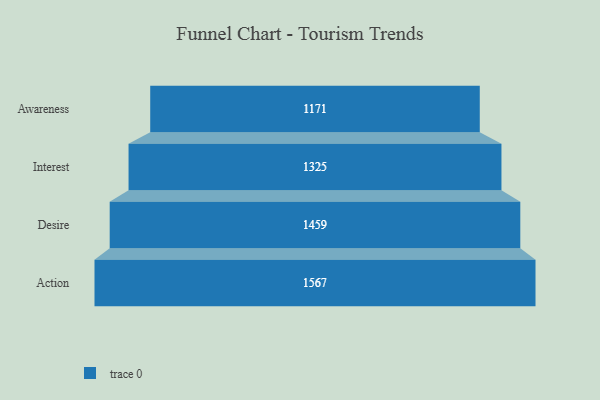
{"axis": {"x": "Stage", "y": "Value"}, "legend": [""], "data": [{"x": "Awareness", "y": 1171.0, "type": ""}, {"x": "Interest", "y": 1325.0, "type": ""}, {"x": "Desire", "y": 1459.0, "type": ""}, {"x": "Action", "y": 1567.0, "type": ""}]}